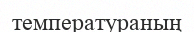
температураның